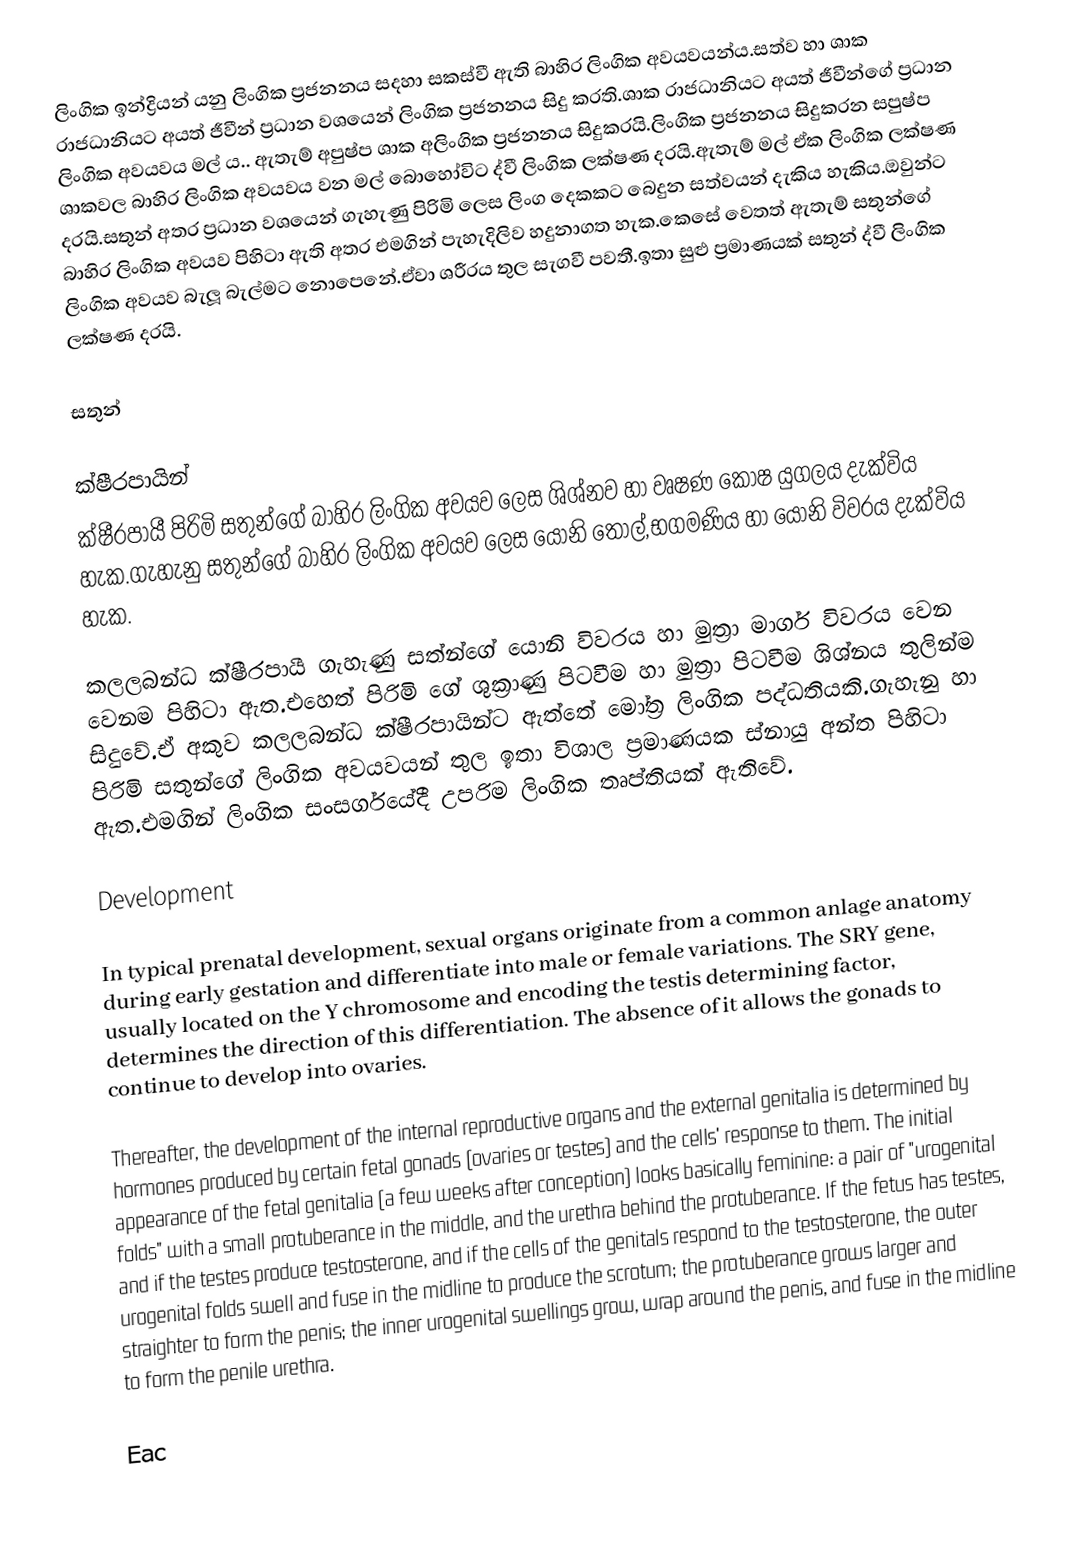
ලිංගික ඉන්ද්‍රියන් යනු ලිංගික ප්‍රජනනය සදහා සකස්වී ඇති බාහිර ලිංගික අවයවයන්ය.සත්ව හා ශාක රාජධානියට අයත් ජීවීන් ප්‍රධාන වශයෙන් ලිංගික ප්‍රජනනය සිදු කරති.ශාක රාජධානියට අයත් ජීවීන්ගේ ප්‍රධාන ලිංගික අවයවය මල් ය..  ඇතැම් අපුෂ්ප ශාක අලිංගික ප්‍රජනනය සිදුකරයි.ලිංගික ප්‍රජනනය සිදුකරන සපුෂ්ප ශාකවල බාහිර ලිංගික අවයවය වන මල් බොහෝවිට ද්වී ලිංගික ලක්ෂණ දරයි.ඇතැම් මල් ඒක ලිංගික ලක්ෂණ දරයි.සතුන් අතර ප්‍රධාන වශයෙන් ගැහැණු පිරිමි ලෙස ලිංග දෙකකට බෙදුන සත්වයන් දැකිය හැකිය.ඔවුන්ට බාහිර ලිංගික අවයව පිහිටා ඇති අතර එමගින් පැහැදිලිව හදුනාගත හැක.කෙසේ වෙතත් ඇතැම් සතුන්ගේ ලිංගික අවයව බැලූ බැල්මට නොපෙනේ.ඒවා ශරීරය තුල සැගවී පවතී.ඉතා සුළු ප්‍රමාණයක් සතුන් ද්වී ලිංගික ලක්ෂණ දරයි.

සතුන්

ක්ෂීරපායින්
ක්ෂීරපායී පිරිමි සතුන්ගේ බාහිර ලිංගික අවයව ලෙස ශිශ්නව හා වෘෂණ කොෂ යුගලය දැක්විය හැක.ගැහැනු සතුන්ගේ බාහිර ලිංගික අවයව ලෙස යොනි තොල්,භගමණිය හා යෝනි විවරය දැක්විය හැක.

කලලබන්ධ ක්ෂීරපායී ගැහැණු සත්න්ගේ යොනි විවරය හා මුත්‍රා මාර්ග විවරය වෙන වෙනම පිහිටා ඇත.එහෙත් පිරිමි ගේ ශුක්‍රාණු පිටවීම හා මුත්‍රා පිටවීම ශිශ්නය තුලින්ම සිදුවේ.ඒ අකුව කලලබන්ධ ක්ෂීරපායින්ට ඇත්තේ මෝත්‍ර ලිංගික පද්ධතියකි.ගැහැනු හා පිරිමි සතුන්ගේ ලිංගික අවයවයන් තුල ඉතා විශාල ප්‍රමාණයක ස්නායු අන්ත පිහිටා ඇත.එමගින් ලිංගික සංසර්ගයේදී උපරිම ලිංගික තෘප්තියක් ඇතිවේ.

Development

In typical prenatal development, sexual organs originate from a common anlage anatomy during early gestation and differentiate into male or female variations. The SRY gene, usually located on the Y chromosome and encoding the testis determining factor, determines the direction of this differentiation. The absence of it allows the gonads to continue to develop into ovaries.

Thereafter, the development of the internal reproductive organs and the external genitalia is determined by hormones produced by certain fetal gonads (ovaries or testes) and the cells' response to them. The initial appearance of the fetal genitalia (a few weeks after conception) looks basically feminine: a pair of "urogenital folds" with a small protuberance in the middle, and the urethra behind the protuberance. If the fetus has testes, and if the testes produce testosterone, and if the cells of the genitals respond to the testosterone, the outer urogenital folds swell and fuse in the midline to produce the scrotum; the protuberance grows larger and straighter to form the penis; the inner urogenital swellings grow, wrap around the penis, and fuse in the midline to form the penile urethra.

Eac